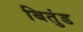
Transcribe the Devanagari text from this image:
बितुंड